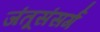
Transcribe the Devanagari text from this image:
जंतूसंसर्ग